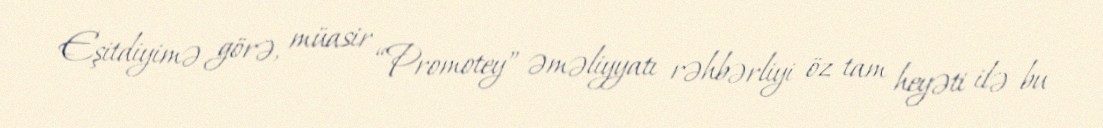
Eşitdiyimə görə, müasir “Promotey” əməliyyatı rəhbərliyi öz tam heyəti ilə bu